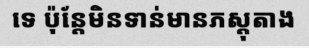
ទេ ប៉ុន្តែមិនទាន់មានភស្តុតាង